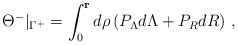
\begin{align*}\Theta^-\vert_{\Gamma^+} = \int_0^{\mathbf r} d\rho\,(P_\Lambda d\Lambda + P_R dR)\ ,\end{align*}